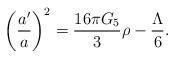
LaTeX: \begin{align*}\left({a'\over a}\right)^2 = {16\pi G_5 \over 3} \rho - {\Lambda \over 6}.\end{align*}